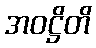
အဝဋ္ဌိတိ